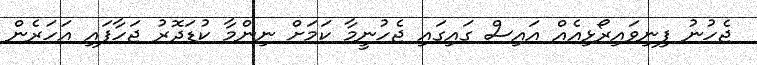
ޖެހުނު ފިނިވައިރޯޅިއެއް އައިސް ގައިގައި ޖެހުނީމާ ކަމަށް ނިންމާ ކުޑަދޮރު ޖަހާފައި އަހަރެން